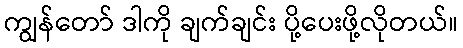
ကျွန်တော် ဒါကို ချက်ချင်း ပို့ပေးဖို့လိုတယ်။